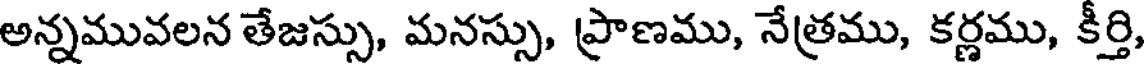
అన్నమువలన తేజస్సు, మనస్సు, ప్రాణము, నేత్రము, కర్ణము, కీర్తి,